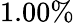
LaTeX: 1.00\%